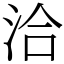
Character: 洽